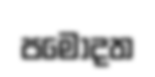
පමොදත